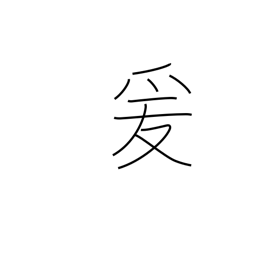
Meaning: lead on to